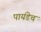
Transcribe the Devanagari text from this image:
पायंडेच